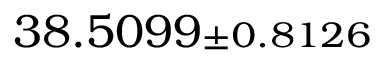
3 8 . 5 0 9 9 { \scriptstyle \pm 0 . 8 1 2 6 }